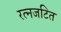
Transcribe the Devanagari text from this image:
रत्नजटित